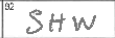
Transcription: SHW